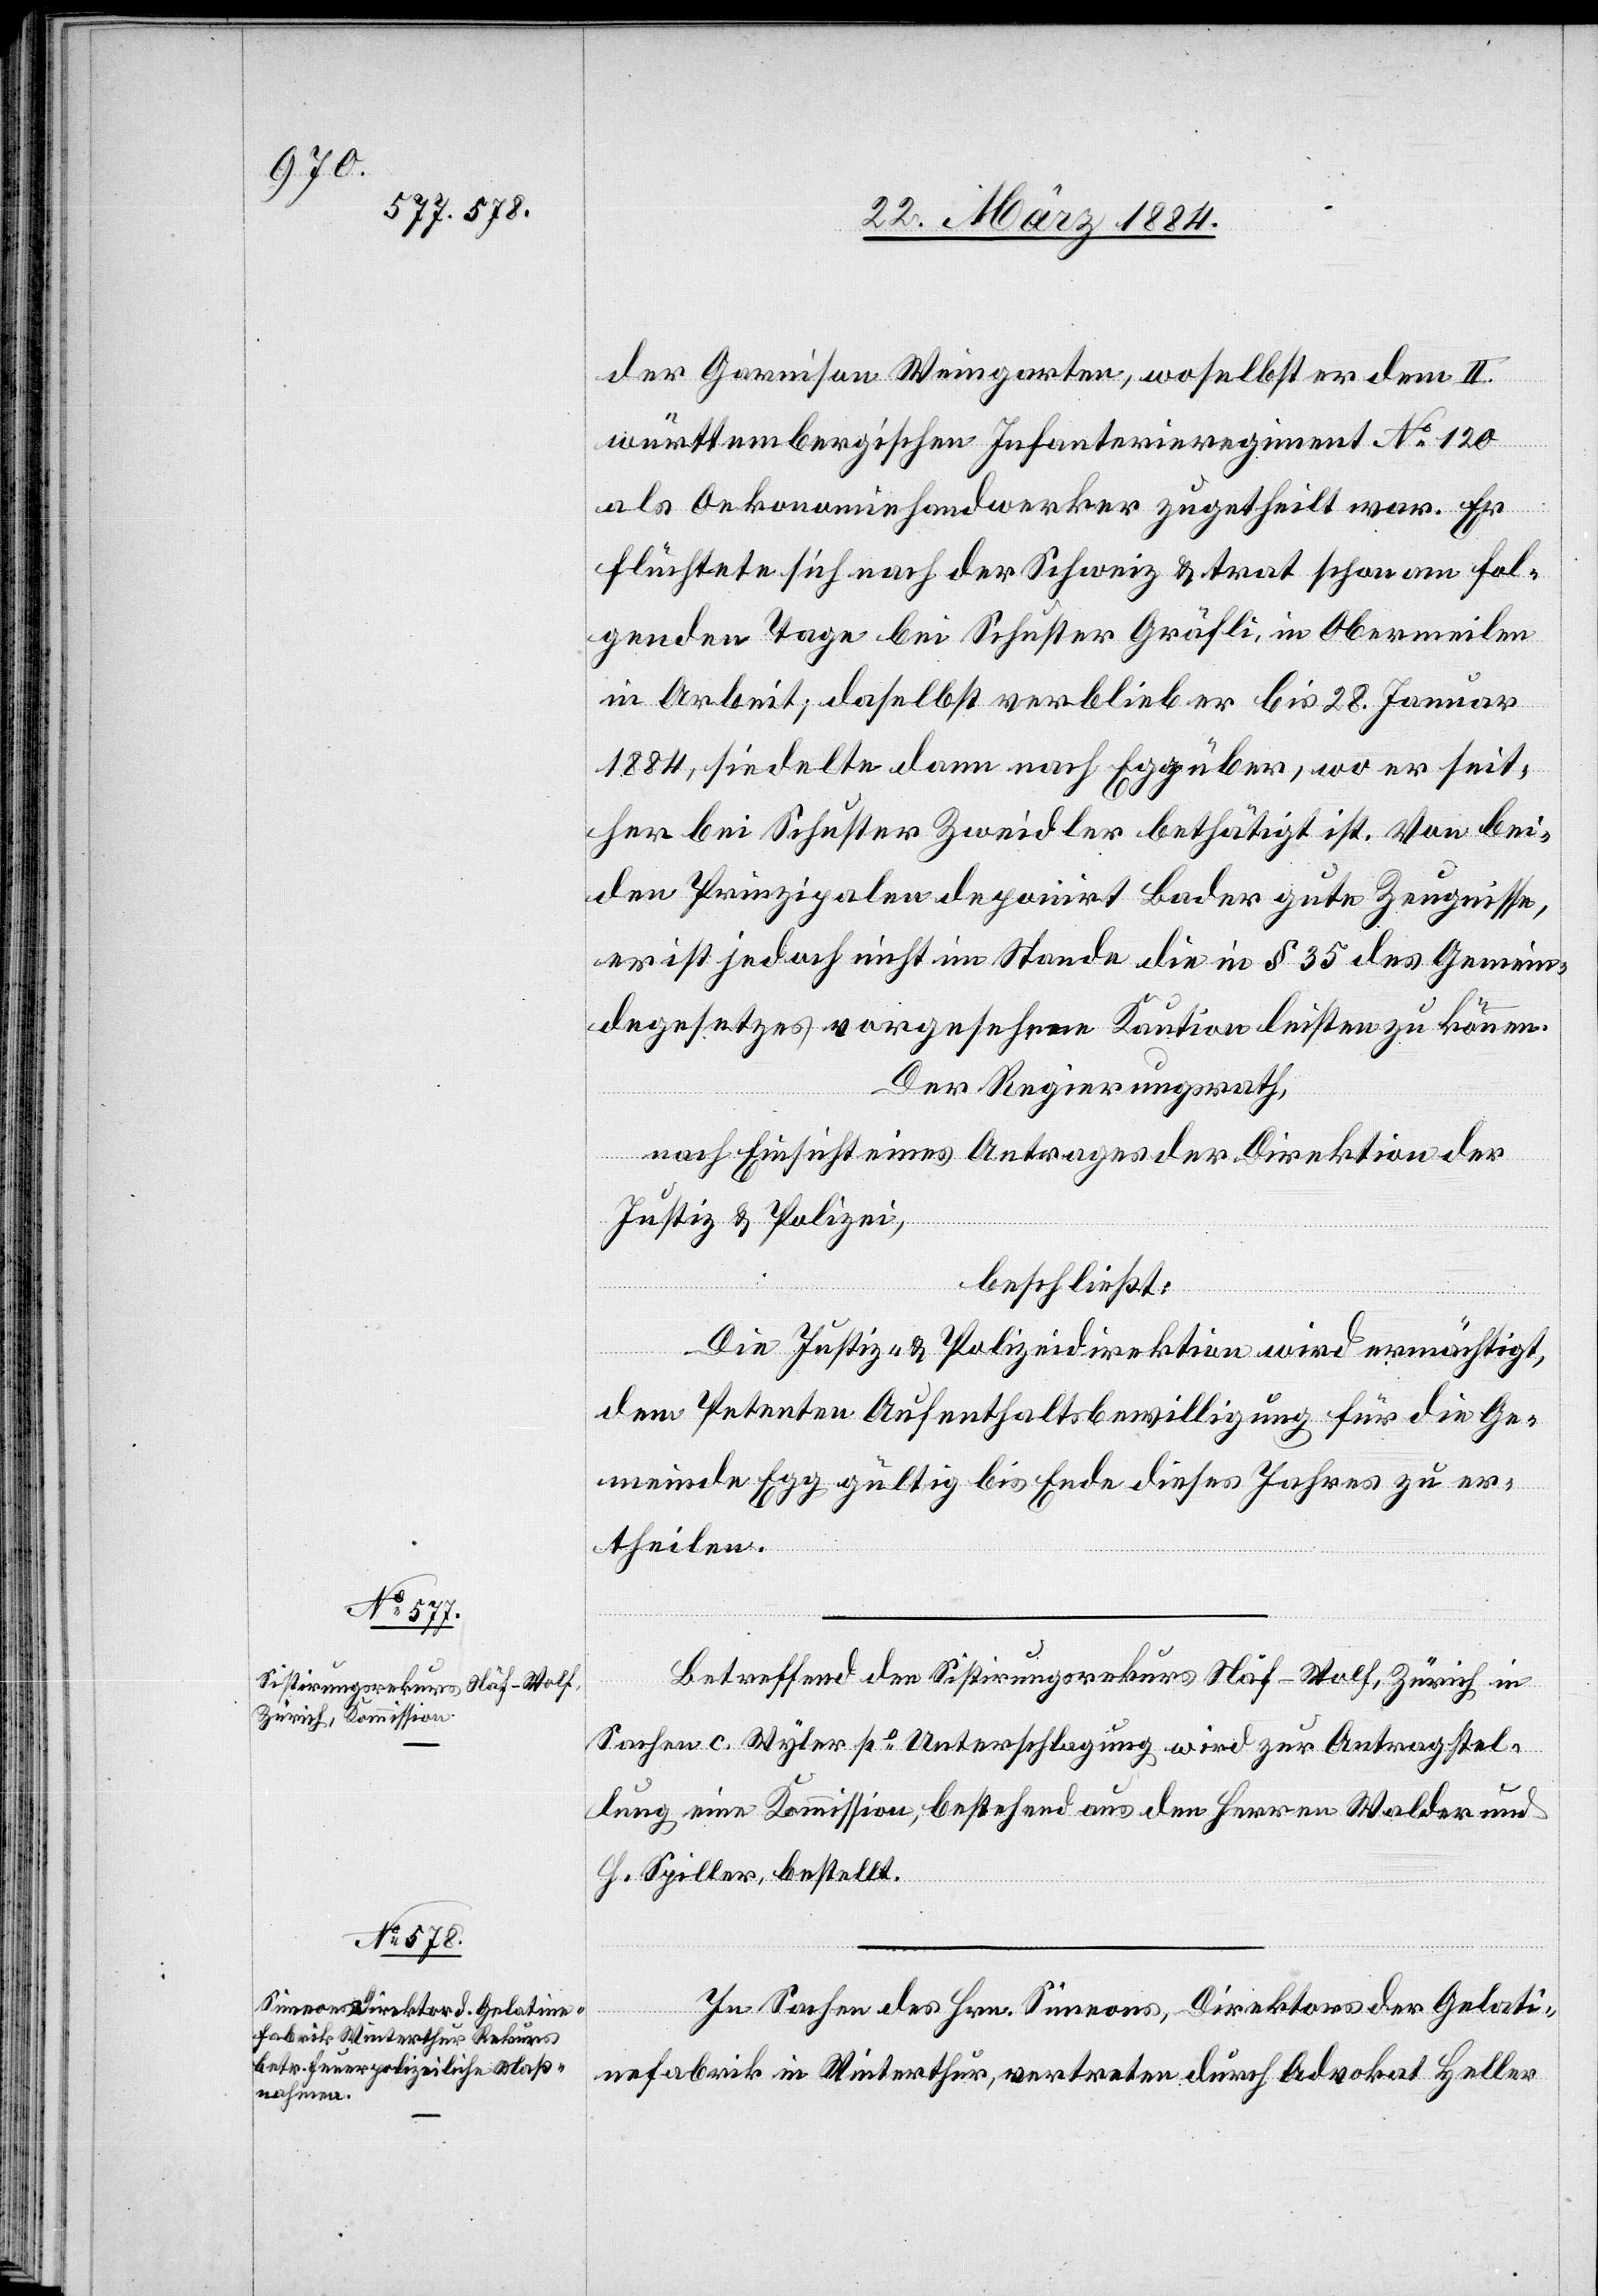
der Garnison Weingarten, woselbst er dem II.
württembergischen Infanterieregiment No 120
als Oekonomiehandwerker zugetheilt war. Er
flüchtete sich nach der Schweiz & trat schon am fol¬
genden Tage bei Schuster Gräfli, in Obermeilen
in Arbeit, daselbst verblieb er bis 28. Januar
1884, siedelte dann nach Egg über, wo er seit¬
her bei Schuster Zweidler bethätigt ist. Von bei¬
den Prinzipalen deponirt Bader gute Zeugnisse,
er ist jedoch nicht im Stande die in § 35 des Gemein¬
dgesetzes vorgesehene Kaution leisten zu können.
Der Regierungsrath,
nach Einsicht eines Antrages der Direktion der
Justiz & Polizei,
beschließt:
Die Justiz- & Polizeidirektion wird ermächtigt,
dem Petenten Aufenthaltsbewilligung für die Ge¬
meinde Egg gültig bis Ende dieses Jahres zu er¬
theilen.
Betreffend den Sistierungsrekurs Näf-Wolf, Zürich, in
Sachen c. Wyler po Unterschlagung wird zur Antragstel¬
lung eine Kommission, bestehend aus den Herren Walder und
H. Spiller, bestellt.
In Sachen des Hrn. Simeons, Direktors der Gelati¬
nefabrik in Winterthur, vertreten durch Advokat Heller